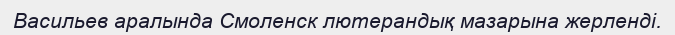
Васильев аралында Смоленск лютерандық мазарына жерленді.